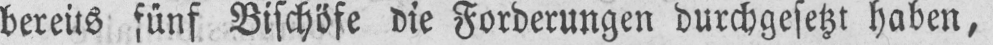
bereits fünf Bischöfe die Forderungen durchgesetzt haben,